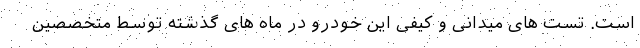
است. تست های میدانی و کیفی این خودرو در ماه های گذشته توسط متخصصین